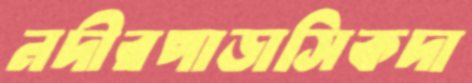
নদীরপাড়াসিকদা